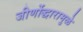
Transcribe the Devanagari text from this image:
जीर्णोद्धारामुळे